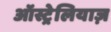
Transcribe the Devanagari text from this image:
ऑस्ट्रेलियाज़